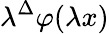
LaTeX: \lambda^{\Delta}\varphi(\lambda x)